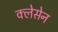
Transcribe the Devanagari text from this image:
क्लेसेन